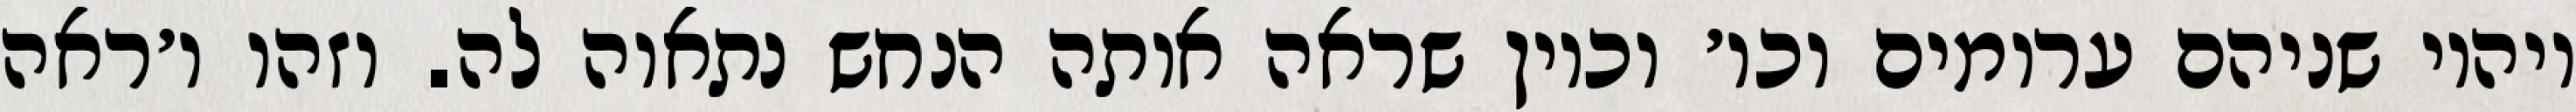
ויהיו שניהם ערומים וכו׳ וכיון שראה אותה הנחש נתאוה לה. וזהו ו׳ראה